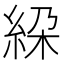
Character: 𥿰